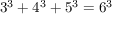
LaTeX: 3 ^ { 3 } + 4 ^ { 3 } + 5 ^ { 3 } = 6 ^ { 3 }